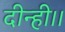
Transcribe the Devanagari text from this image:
दीन्ही।।